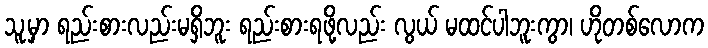
သူ့မှာ ရည်းစားလည်းမရှိဘူး ရည်းစားရဖို့လည်း လွယ် မထင်ပါဘူးကွာ၊ ဟိုတစ်လောက